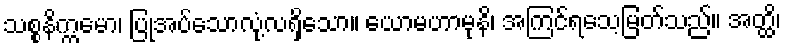
သစ္စနိက္ကမော၊ ပြုအပ်သောလုံ့လရှိသော။ ယောမဟာမုနိ၊ အကြင်ရသေ့မြတ်သည်။ အတ္ထိ၊